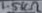
Text: 1.5kΩ